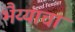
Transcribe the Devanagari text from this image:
भैय्याचा